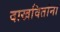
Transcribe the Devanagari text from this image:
दाखवितांना